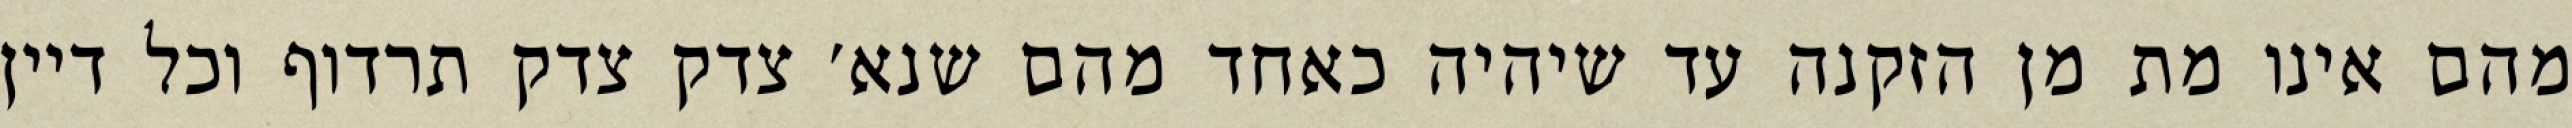
מהם אינו מת מן הזקנה עד שיהיה כאחד מהם שנא׳ צדק צדק תרדוף וכל דיין